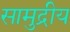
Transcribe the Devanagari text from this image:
सामुद्रीय